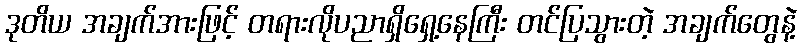
ဒုတိယ အချက်အားဖြင့် တရားလိုပညာရှိရှေ့နေကြီး တင်ပြသွားတဲ့ အချက်တွေနဲ့